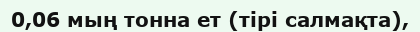
0,06 мың тонна ет (тірі салмақта),